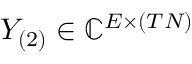
Y _ { ( 2 ) } \in \mathbb { C } ^ { E \times ( T N ) }